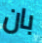
بان